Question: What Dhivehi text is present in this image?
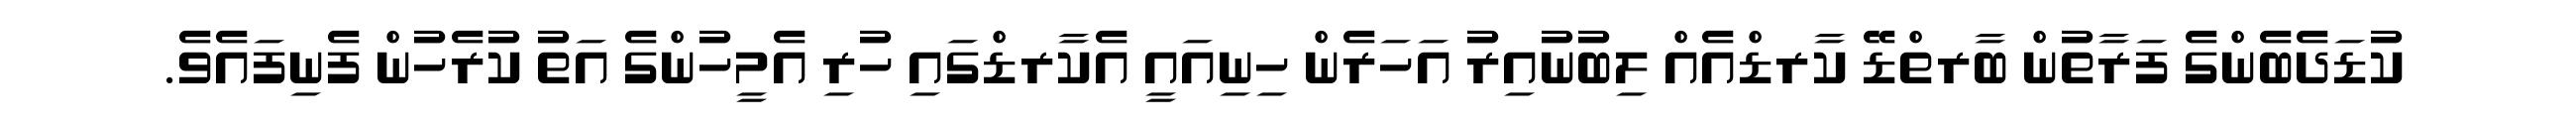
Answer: ކުޑަދެބެންގެ ފަރާތުން ބާރތްޑޭ ކާރޑްއެއް ލިބުނުއިރު އަހަރެން ހިނިއައީ އެކާރޑްގައި ހުރި އެމީހުންގެ އަތު ކުރެހުން ފެނިފައެވެ.